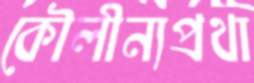
কৌলীন্যপ্রথা